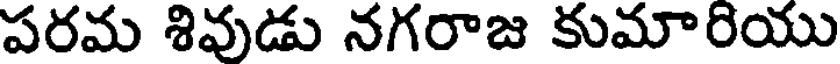
పరమ శివుడు నగరాజ కుమారియు